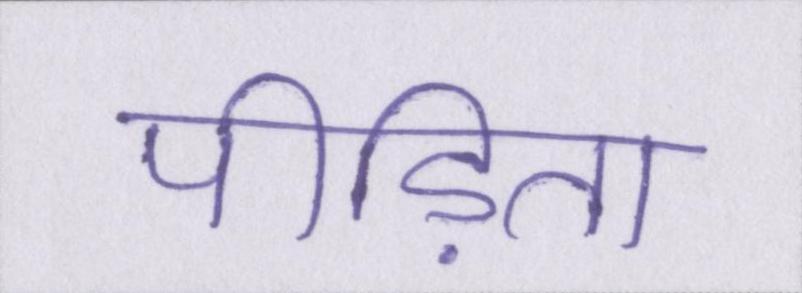
पीड़िता